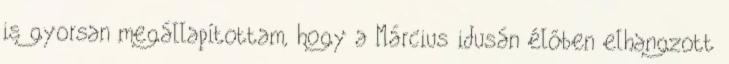
is gyorsan megállapí­tottam, hogy a Március idusán élőben elhangzott